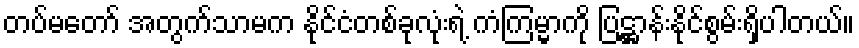
တပ်မတော် အတွက်သာမက နိုင်ငံတစ်ခုလုံးရဲ့ ကံကြမ္မာကို ပြဋ္ဌာန်းနိုင်စွမ်းရှိပါတယ်။